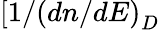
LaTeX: [1/\left(dn/dE\right)_{D}